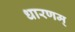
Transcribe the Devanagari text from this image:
धारणम्